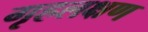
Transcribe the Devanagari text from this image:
गृहलक्षण